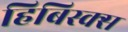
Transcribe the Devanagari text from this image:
हिबिस्क्‍स